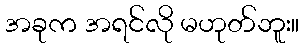
အခုက အရင်လို မဟုတ်ဘူး။